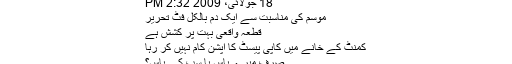
18 جولائی، 2009 2:32 PM
موسم کی مناسبت سے ایک دم بالکل فٹ تحریر
قطعہ واقعی بہت پر کشش ہے
کمنٹ کے خانے میں کاپی پیسٹ کا آپشن کام نہیں کر رہا
صرف میرے پاس یا سب کے پاس؟